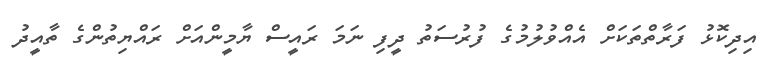
އިދިކޮޅު ފަރާތްތަކަށް އެއްވުލުމުގެ ފުރުސަތު ދީފި ނަމަ ރައީސް ޔާމީންއަށް ރައްޔިތުންގެ ތާއީދު